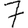
Digit: 7